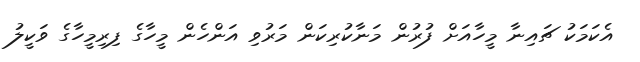
އެކަމަކު ޗައިނާ މީހާއަށް ފުރުން މަނާކުރިކަން މަރުވި އަންހެން މީހާގެ ފިރިމީހާގެ ވަކީލު